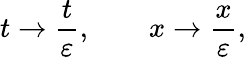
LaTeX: t\to\frac{t}{\varepsilon},\qquad x\to\frac{x}{\varepsilon},